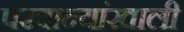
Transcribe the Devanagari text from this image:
परवान्यांखाली